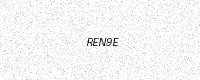
Text: REN9E